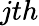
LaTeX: jth